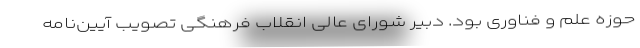
حوزه علم و فناوری بود. دبیر شورای عالی انقلاب فرهنگی تصویب آیین‌نامه